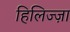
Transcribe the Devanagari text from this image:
हिलिज्ज़ा